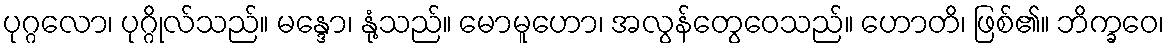
ပုဂ္ဂလော၊ ပုဂ္ဂိုလ်သည်။ မန္ဒော၊ နုံ့သည်။ မောမူဟော၊ အလွန်တွေဝေသည်။ ဟောတိ၊ ဖြစ်၏။ ဘိက္ခဝေ၊